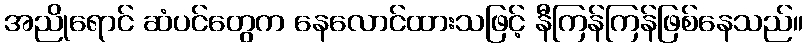
အညိုရောင် ဆံပင်တွေက နေလောင်ထားသဖြင့် နီကြန်ကြန်ဖြစ်နေသည်။